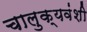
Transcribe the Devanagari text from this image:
चालुक्यवंशी